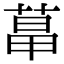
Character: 𦳱